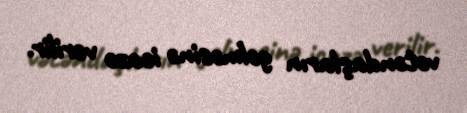
vətəndaşların gəlməsinə icazə verilir.